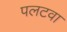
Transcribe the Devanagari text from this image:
पलटवा